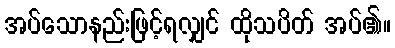
အပ်သောနည်းဖြင့်ရလျှင် ထိုသပိတ် အပ်၏။